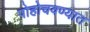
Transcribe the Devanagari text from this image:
पोहोचवण्यात